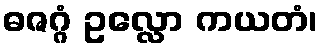
ဓဇဂ္ဂံ ဥလ္လော ကယတံ၊